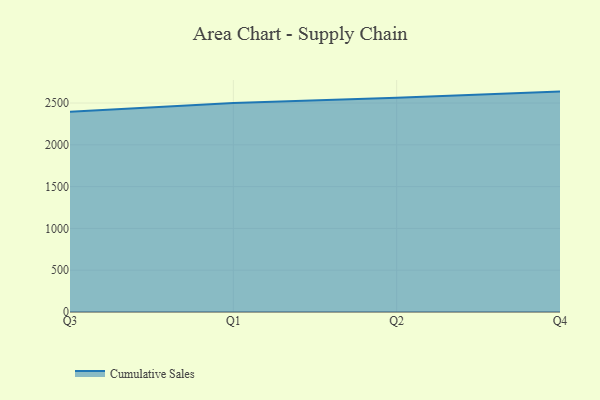
{"axis": {"x": "Quarter", "y": "Latency (ms)"}, "legend": ["Cumulative Sales"], "data": [{"x": "Q3", "y": 2397.3, "type": "Cumulative Sales"}, {"x": "Q1", "y": 2501.9, "type": "Cumulative Sales"}, {"x": "Q2", "y": 2564.9, "type": "Cumulative Sales"}, {"x": "Q4", "y": 2637.0, "type": "Cumulative Sales"}]}